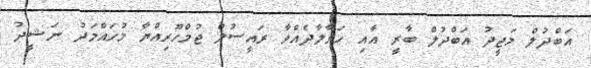
އަބްދުލް މަޖީދު އަބްދުލް ބާރީ އާއި ހަވާލާދެއްވާ ރައީސުލް ޖުމްހޫރިއްޔާ މުހައްމަދު ނަޝީދު